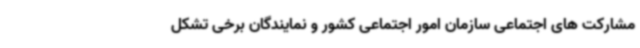
مشارکت های اجتماعی سازمان امور اجتماعی کشور و نمایندگان برخی تشکل